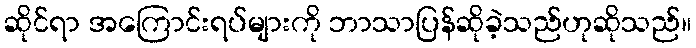
ဆိုင်ရာ အကြောင်းရပ်များကို ဘာသာပြန်ဆိုခဲ့သည်ဟုဆိုသည်။